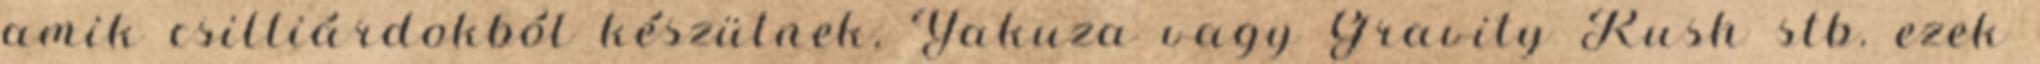
amik csilliárdokból készülnek, Yakuza vagy Gravity Rush stb. ezek